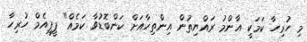
މި ހުރިހާ ކަމަކީ އާންމު ރައްޔިތުން އިންތިހާއަށް ކަންބޮޑުވާ ކަމެއް" ޕީޕީއެމް ހުރިހާ